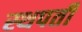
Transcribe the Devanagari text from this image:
स्थपती